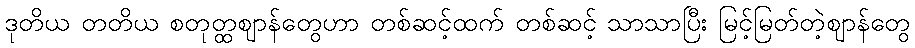
ဒုတိယ တတိယ စတုတ္ထဈာန်တွေဟာ တစ်ဆင့်ထက် တစ်ဆင့် သာသာပြီး မြင့်မြတ်တဲ့ဈာန်တွေ